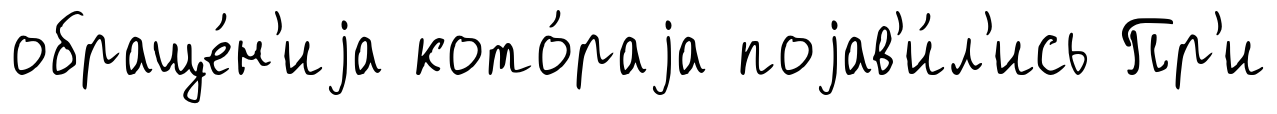
обраще́н'иjа кото́раjа поjав'и́л'ись Пр'и